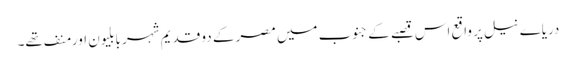
دریاے نیل پر واقع اس قصبے کے جنوب میں مصر کے دو قدیم شہر بابلیون اور منف تھے۔